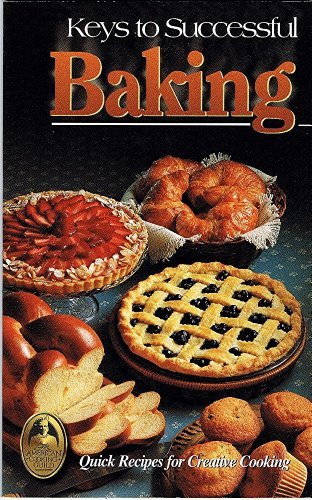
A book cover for Keys to Successful Baking (Collector's Series (Gaithersburg, MD.).); Diane Phillips; Cookbooks, Food & Wine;